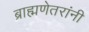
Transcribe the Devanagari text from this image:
ब्राह्मणेतरांनी